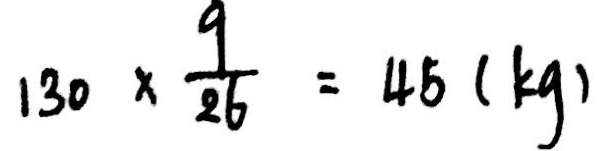
1 3 0 \times \frac { 9 } { 2 6 } = 4 5 ( k g )